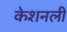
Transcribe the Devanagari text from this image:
केशनली